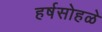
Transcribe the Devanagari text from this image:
हर्षसोहळे